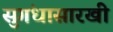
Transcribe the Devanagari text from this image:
सुगंधासारखी